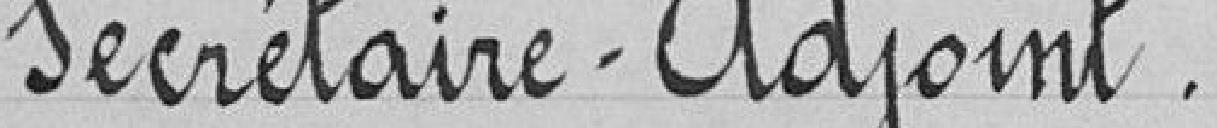
Secrétaire-Adjoint